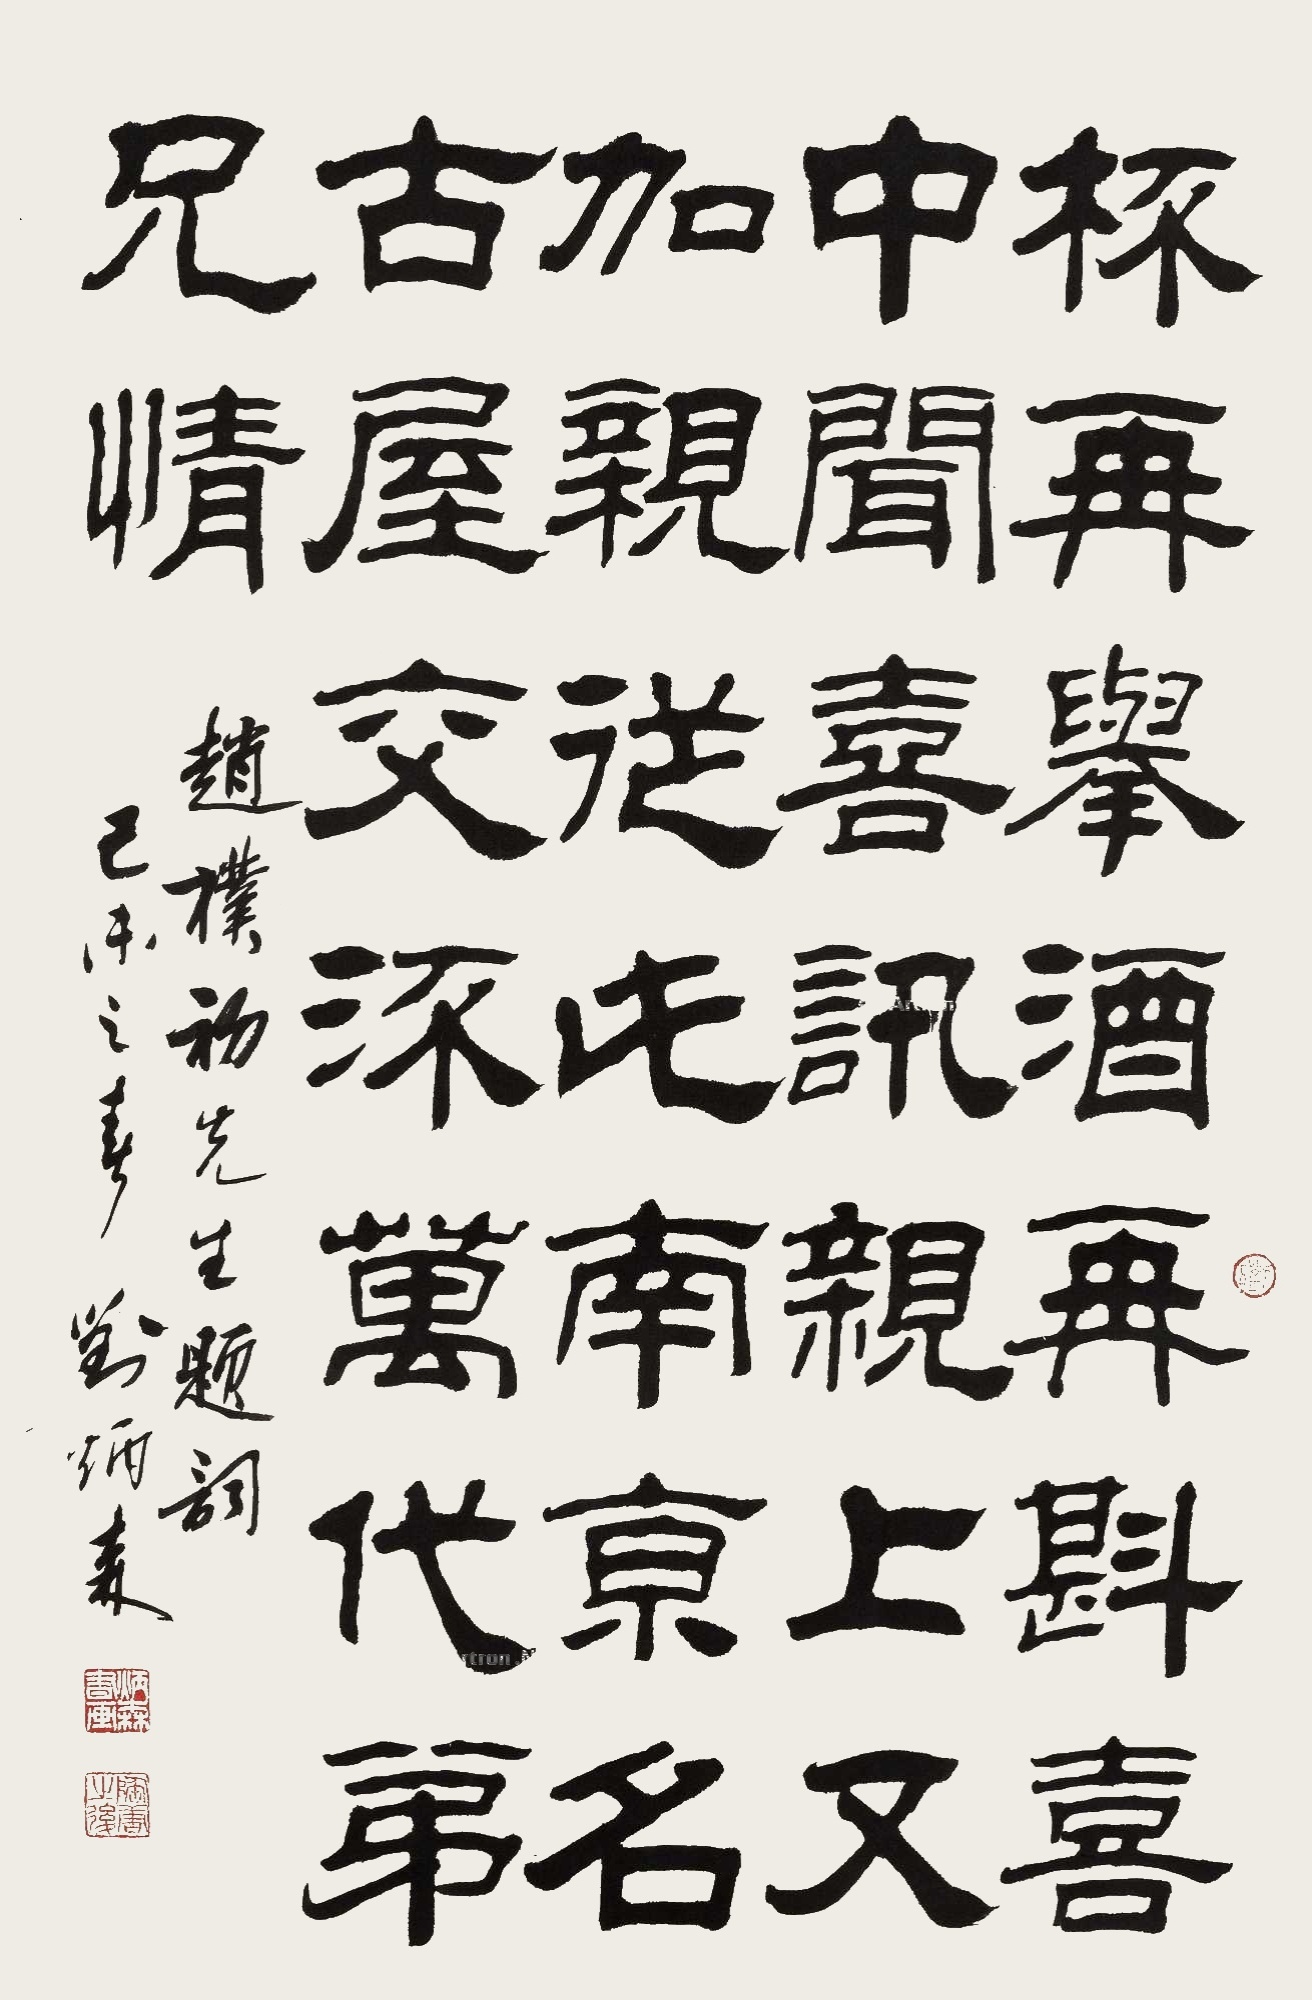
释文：杯再举，酒再斟。喜中闻喜讯，亲上又加亲。从此南京名古屋，交流万代弟兄情。赵朴初先生题词。己未之春，刘炳森。